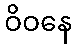
ဝိဝနေ